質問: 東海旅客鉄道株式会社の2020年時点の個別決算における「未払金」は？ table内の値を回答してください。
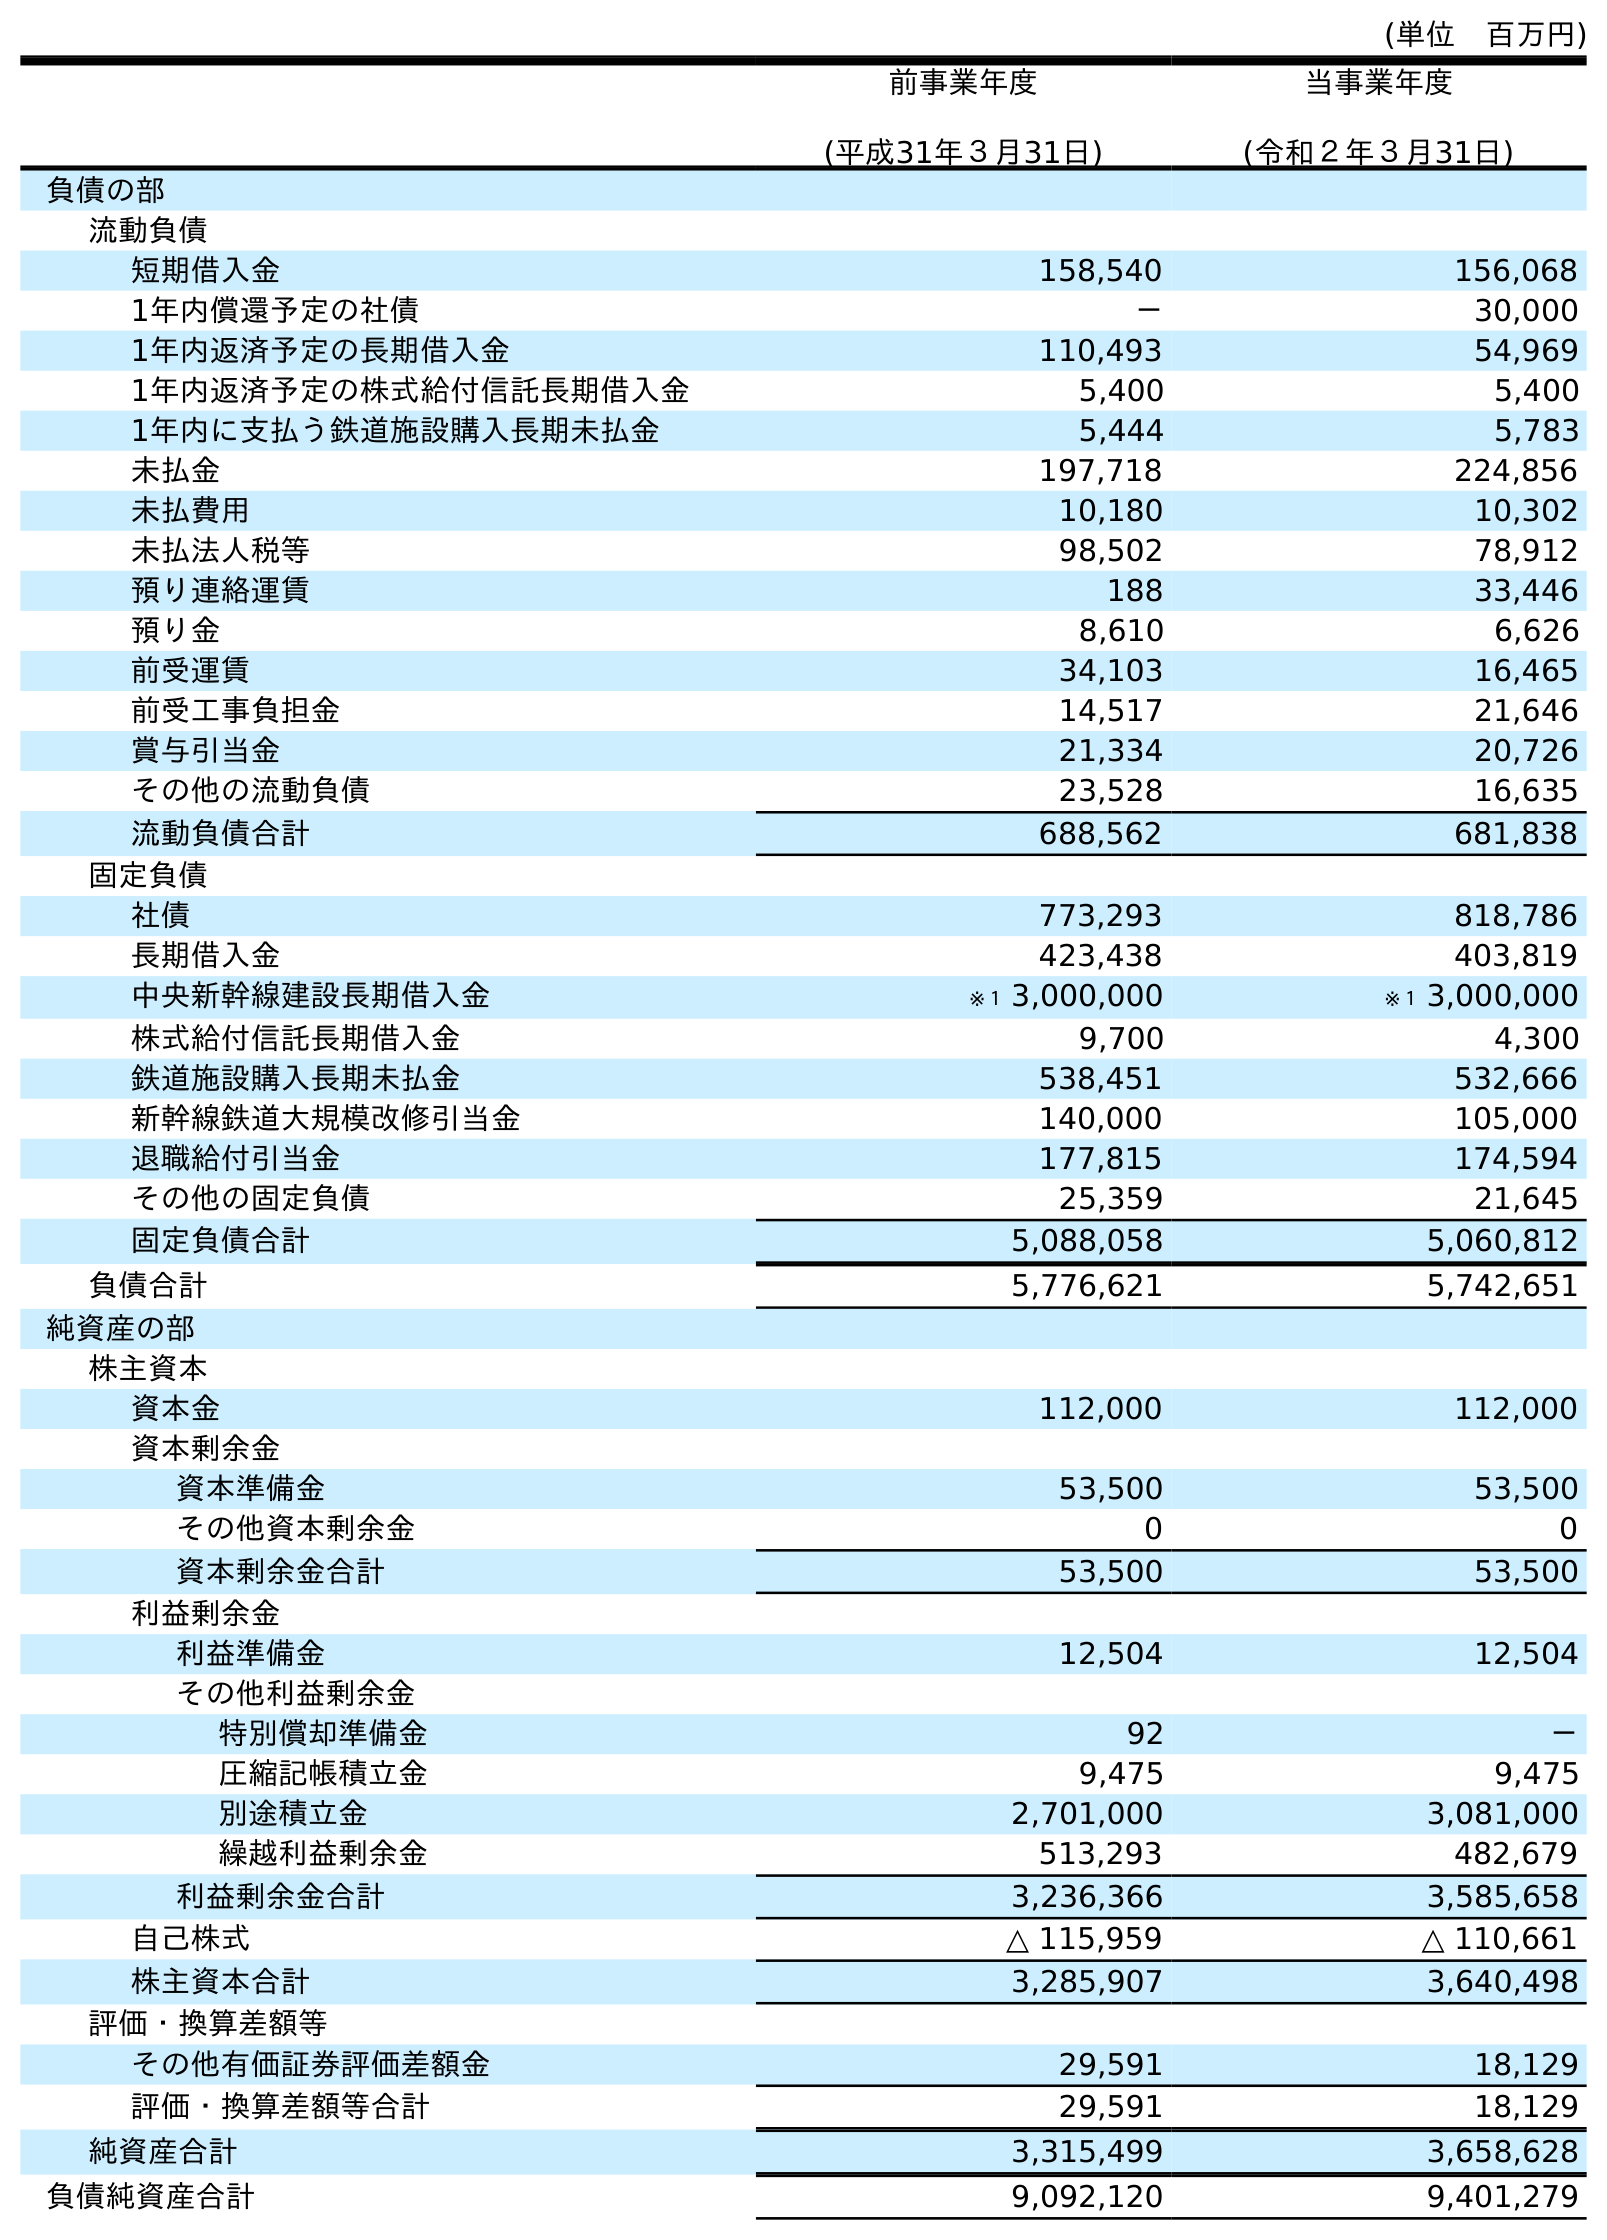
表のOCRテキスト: (単位 百万円) 前事業年度 (平成31年３月31日) 当事業年度 (令和２年３月31日) 負債の部 流動負債 短期借入金 158,540 156,068 1年内償還予定の社債 － 30,000 1年内返済予定の長期借入金 110,493 54,969 1年内返済予定の株式給付信託長期借入金 5,400 5,400 1年内に支払う鉄道施設購入長期未払金 5,444 5,783 未払金 197,718 224,856 未払費用 10,180 10,302 未払法人税等 98,502 78,912 預り連絡運賃 188 33,446 預り金 8,610 6,626 前受運賃 34,103 16,465 前受工事負担金 14,517 21,646 賞与引当金 21,334 20,726 その他の流動負債 23,528 16,635 流動負債合計 688,562 681,838 固定負債 社債 773,293 818,786 長期借入金 423,438 403,819 中央新幹線建設長期借入金 ※１ 3,000,000 ※１ 3,000,000 株式給付信託長期借入金 9,700 4,300 鉄道施設購入長期未払金 538,451 532,666 新幹線鉄道大規模改修引当金 140,000 105,000 退職給付引当金 177,815 174,594 その他の固定負債 25,359 21,645 固定負債合計 5,088,058 5,060,812 負債合計 5,776,621 5,742,651 純資産の部 株主資本 資本金 112,000 112,000 資本剰余金 資本準備金 53,500 53,500 その他資本剰余金 0 0 資本剰余金合計 53,500 53,500 利益剰余金 利益準備金 12,504 12,504 その他利益剰余金 特別償却準備金 92 － 圧縮記帳積立金 9,475 9,475 別途積立金 2,701,000 3,081,000 繰越利益剰余金 513,293 482,679 利益剰余金合計 3,236,366 3,585,658 自己株式 △ 115,959 △ 110,661 株主資本合計 3,285,907 3,640,498 評価・換算差額等 その他有価証券評価差額金 29,591 18,129 評価・換算差額等合計 29,591 18,129 純資産合計 3,315,499 3,658,628 負債純資産合計 9,092,120 9,401,279
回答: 224,856